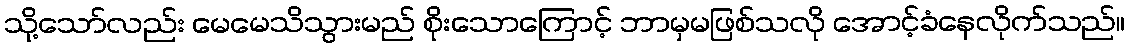
သို့သော်လည်း မေမေသိသွားမည် စိုးသောကြောင့် ဘာမှမဖြစ်သလို အောင့်ခံနေလိုက်သည်။